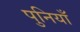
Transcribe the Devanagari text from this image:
पुनियाँ